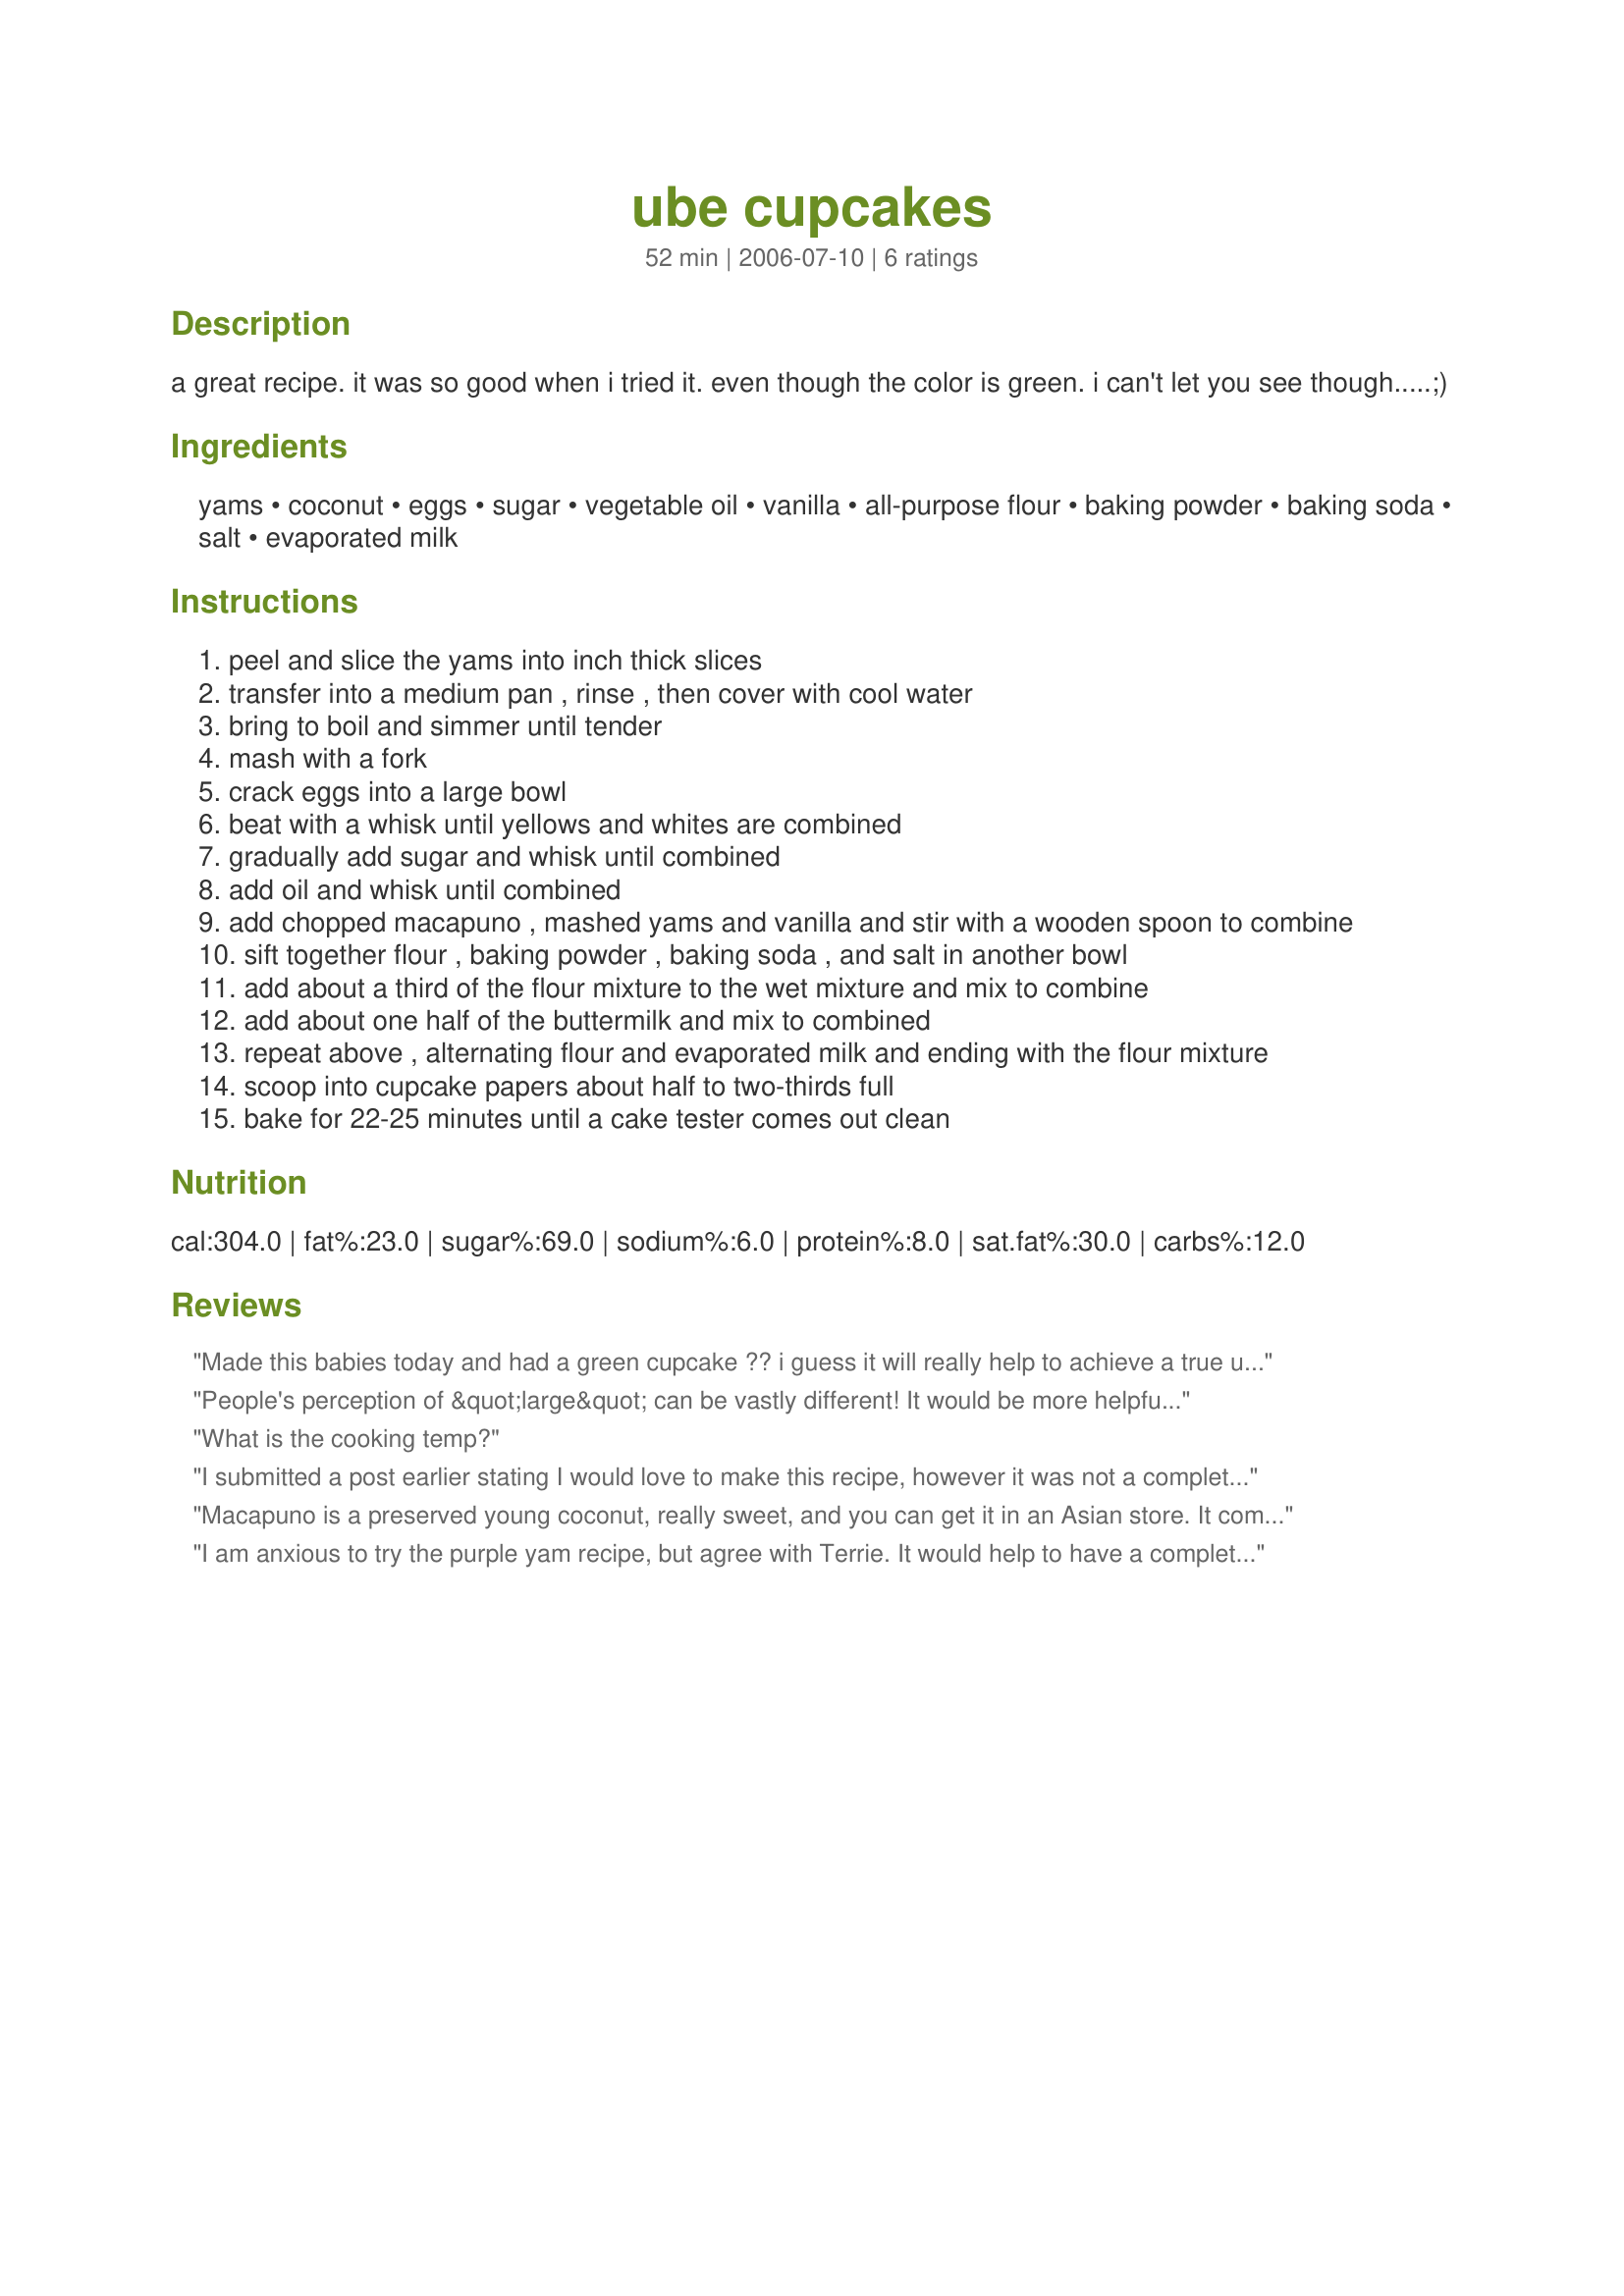
ube cupcakes
Preparation time: 52 minutes

a great recipe. it was so good when i tried it. even though the color is green. i can't let you see though.....;)

Ingredients:
yams, coconut, eggs, sugar, vegetable oil, vanilla, all-purpose flour, baking powder, baking soda, salt, evaporated milk

Steps:
peel and slice the yams into inch thick slices
transfer into a medium pan , rinse , then cover with cool water
bring to boil and simmer until tender
mash with a fork
crack eggs into a large bowl
beat with a whisk until yellows and whites are combined
gradually add sugar and whisk until combined
add oil and whisk until combined
add chopped macapuno , mashed yams and vanilla and stir with a wooden spoon to combine
sift together flour , baking powder , baking soda , and salt in another bowl
add about a third of the flour mixture to the wet mixture and mix to combine
add about one half of the buttermilk and mix to combined
repeat above , alternating flour and evaporated milk and ending with the flour mixture
scoop into cupcake papers about half to two-thirds full
bake for 22-25 minutes until a cake tester comes out clean

Reviews:
Made this babies today and had a green cupcake ?? i guess it will really help to achieve a true ube flavor by using/adding ube essence. But the cupcake turned out really fluffy and soft!
People's perception of &quot;large&quot; can be vastly different! It would be more helpful to say how many cups of mash are obtained from 2 &quot;large&quot; yams. It would also help to know an equivalent for those of us who may not always be able or willing to get or chop that particular coconut, or don't have an Asian store nearby. How about giving an amount for reconstituted dried coconut that we all can get in a supermarket? And nothing is offered about the purple frosting in the picture! And the missing oven temperature?
What is the cooking temp?
I submitted a post earlier stating I would love to make this recipe, however it was not a complete recipe .I stated that the baking time was missing and also the recipe for the beautiful purple frosting was not there. I got an e-mail rejecting my post. I see nothing offensive in my post. Why was it rejected?
Macapuno is a preserved young coconut, really sweet, and you can get it in an Asian store. It comes in a jar. Ube is the purple yam. I'd go with evaporated milk. I grew up in the Philippines and we don't use buttermilk (of course I didn't cook or bake back then). And ube is one of the most delicious dessert there is! I'm gonna try making this soon.
I am anxious to try the purple yam recipe, but agree with Terrie. It would help to have a complete recipe, oven temperature, icing ingredients and be more specific about how much yam to use. I look forward to trying the recipe as soon as it is complete.
